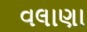
વલાણા